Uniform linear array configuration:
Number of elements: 32
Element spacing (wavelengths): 1
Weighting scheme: hamming
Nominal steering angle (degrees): -30
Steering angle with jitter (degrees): -30.479
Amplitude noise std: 0.05
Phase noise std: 0.05

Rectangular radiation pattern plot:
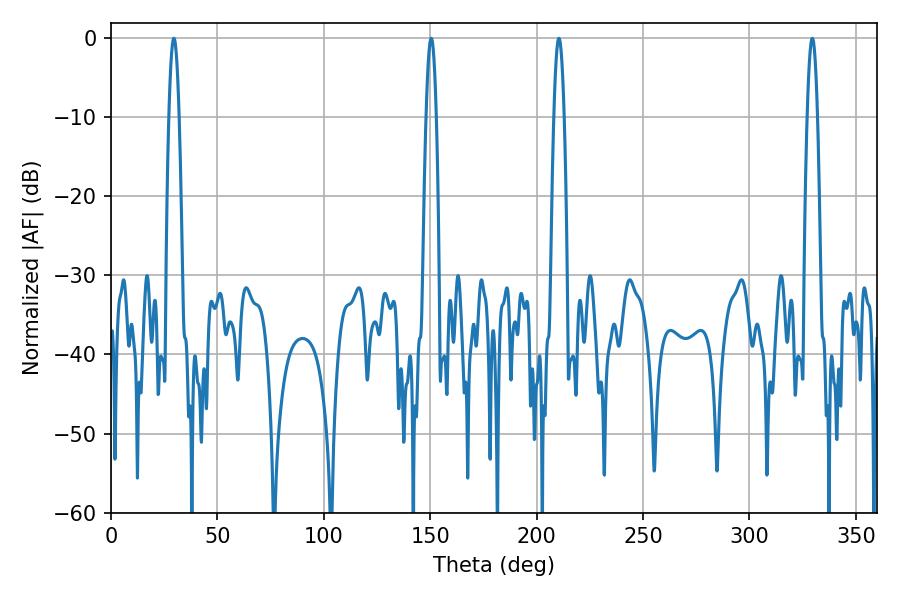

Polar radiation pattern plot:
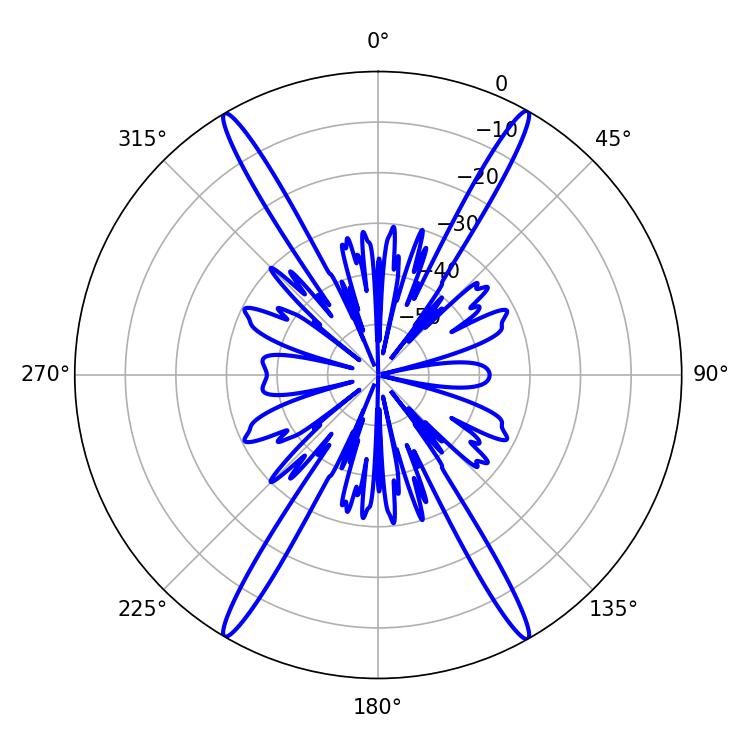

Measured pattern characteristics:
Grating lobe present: TRUE
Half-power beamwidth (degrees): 2.52
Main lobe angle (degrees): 29.52